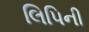
લિપિની